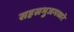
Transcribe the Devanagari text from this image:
सहस्रभुजमध्वरे